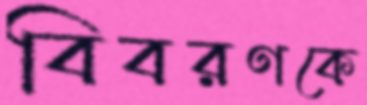
বিবরণকে